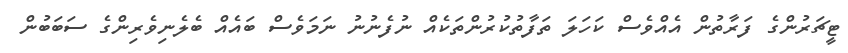
ޓީޗަރުންގެ ފަރާތުން އެއްވެސް ކަހަލަ ތަފާތުކުރުންތަކެއް ނުފެނުނު ނަމަވެސް ބައެއް ބެލެނިވެރިންގެ ސަބަބުން